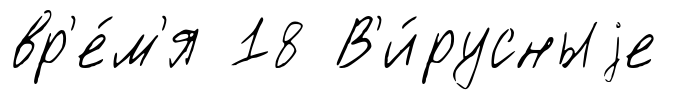
вр'е́м'я 18 В'и́русныjе